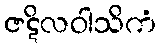
ဇဋိလဝါသိကံ